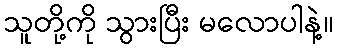
သူတို့ကို သွားပြီး မလောပါနဲ့။